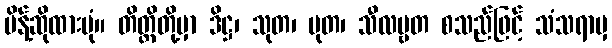
မိန့်ဆိုထားပုံ။ တိတ္ထိတို့မှာ ဒိဋ္ဌ၊ သုတ၊ မုတ၊ သီလဗ္ဗတ စသည်ဖြင့် သံသရာမှ